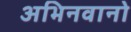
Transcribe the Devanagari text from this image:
अभिनवानो